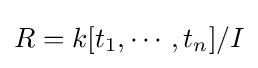
{\textstyle R=k[t_{1},\cdots ,t_{n}]/I}